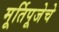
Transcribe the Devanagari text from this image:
मूर्तिपूजेचे